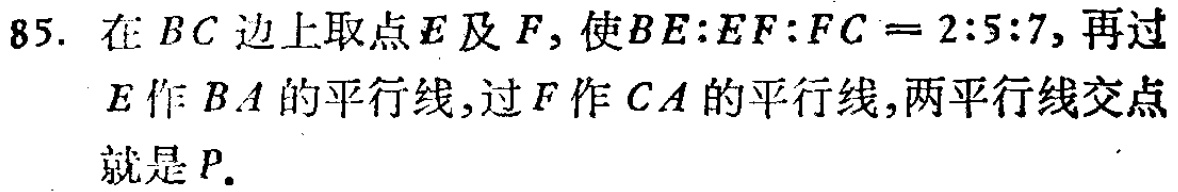
85. 在 \(BC\) 边上取点 \(E\) 及 \(F\)，使 \(BE:EF:FC = 2:5:7\)，再过 \(E\) 作 \(BA\) 的平行线，过 \(F\) 作 \(CA\) 的平行线，两平行线交点就是 \(P\)。